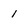
Character: 1